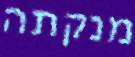
מנקתה